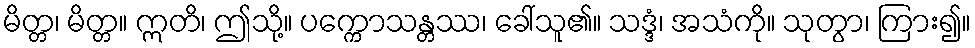
မိတ္တ၊ မိတ္တ။ ဣတိ၊ ဤသို့။ ပက္ကောသန္တဿ၊ ခေါ်သူ၏။ သဒ္ဒံ၊ အသံကို။ သုတွာ၊ ကြား၍။